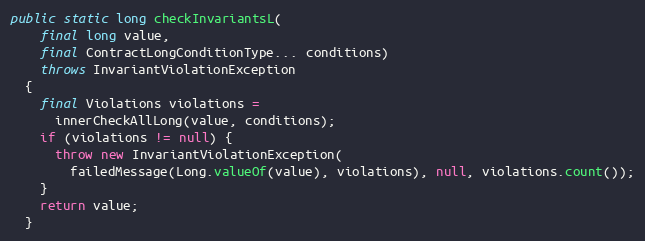
Language: Java
public static long checkInvariantsL(
    final long value,
    final ContractLongConditionType... conditions)
    throws InvariantViolationException
  {
    final Violations violations =
      innerCheckAllLong(value, conditions);
    if (violations != null) {
      throw new InvariantViolationException(
        failedMessage(Long.valueOf(value), violations), null, violations.count());
    }
    return value;
  }